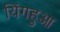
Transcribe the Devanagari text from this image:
यिंगहुआ